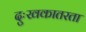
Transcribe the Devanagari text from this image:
दुःखकातरता